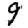
Digit: 9